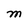
Character: M